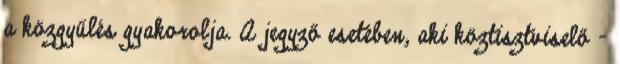
a közgyűlés gyakorolja. A jegyző esetében, aki köztisztviselő -